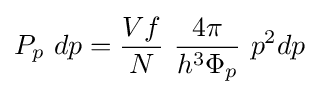
P_{p}~dp={\frac {Vf}{N}}~{\frac {4\pi }{h^{3}\Phi _{p}}}~p^{2}dp